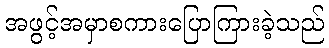
အဖွင့်အမှာစကားပြောကြားခဲ့သည်